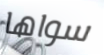
سواها